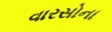
વારસોના